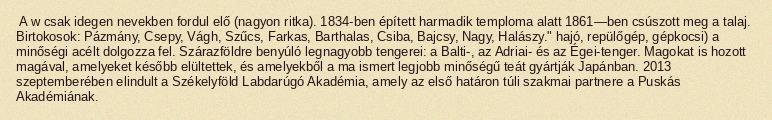
A w csak idegen nevekben fordul elő (nagyon ritka). 1834-ben épített harmadik temploma alatt 1861—ben csúszott meg a talaj. Birtokosok: Pázmány, Csepy, Vágh, Szűcs, Farkas, Barthalas, Csiba, Bajcsy, Nagy, Halászy." hajó, repülőgép, gépkocsi) a minőségi acélt dolgozza fel. Szárazföldre benyúló legnagyobb tengerei: a Balti-, az Adriai- és az Égei-tenger. Magokat is hozott magával, amelyeket később elültettek, és amelyekből a ma ismert legjobb minőségű teát gyártják Japánban. 2013 szeptemberében elindult a Székelyföld Labdarúgó Akadémia, amely az első határon túli szakmai partnere a Puskás Akadémiának.